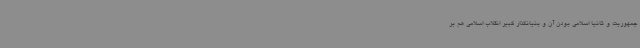
جمهوریت و ثانیا اسلامی بودن آن و بنیانگذار کبیر انقلاب اسلامی هم بر